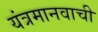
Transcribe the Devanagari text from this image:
यंत्रमानवाची